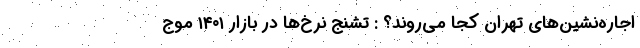
اجاره‌نشین‌های تهران کجا می‌روند؟ : تشنج نرخ‌ها در بازار ۱۴۰۱ موج